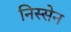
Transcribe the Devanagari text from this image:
निस्सेन